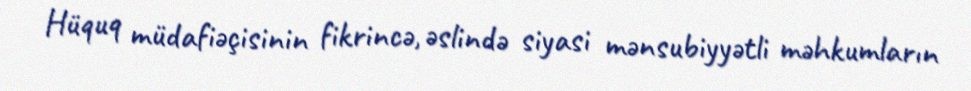
Hüquq müdafiəçisinin fikrincə, əslində siyasi mənsubiyyətli məhkumların